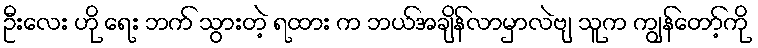
ဦးလေး ဟို ရေး ဘက် သွားတဲ့ ရထား က ဘယ်အချိန်လာမှာလဲဗျ သူက ကျွန်တော့်ကို